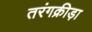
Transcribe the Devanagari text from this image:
तरंगक्रीड़ा